Annual report of the Punjab Veterinary College and of the Civil Veterinary Department, Punjab - 1920-1925
Year: 1920
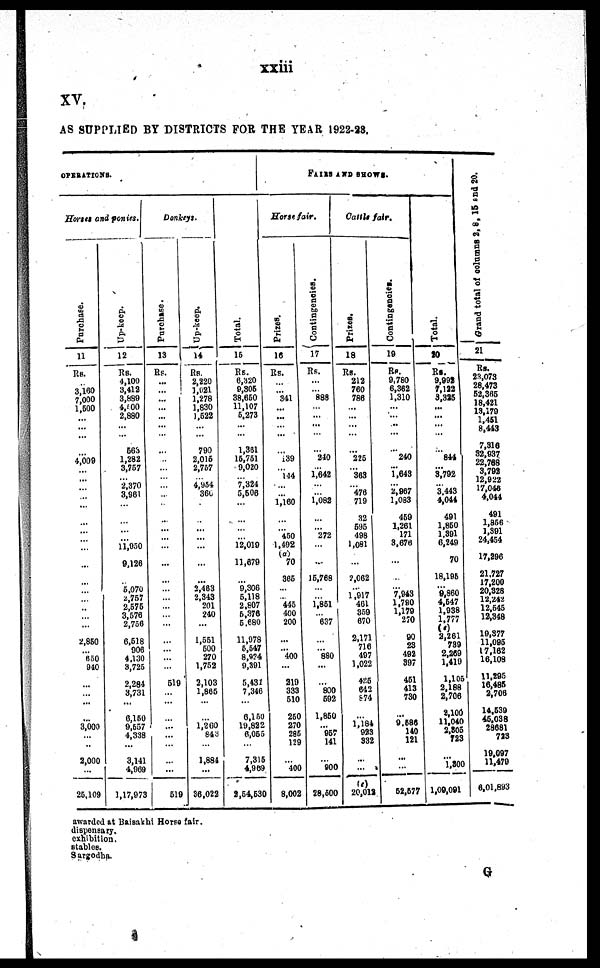
xxiii
XV.
AS SUPPLIED BY DISTRICTS FOR THE YEAR 1922-23.
OPERATIONS.
Horses and ponies.
Purchase.
11
Rs.
.. 3,160
7,000 1,500
...
...
...
...
4,009
...
...
...
...
...
...
...
...
...
...
...
...
...
...
..
...
...
2,850
... 650
940
...
...
...
...
3,000
...
..
2,000
...
26,109
Up-keep.
12
Rs.
4,100
3,412
3,889
4,000
2,880
...
...
583
1,282
3,757
... 2,370
3,861
...
...
...
...
11,950
...
9,126
5,070
2,757
2,576
3,576
2,758
6,518
906
4,130
3,725
2,284
3,731
...
6,150
9,557
4,338
...
3,141
4,969
1,17,973
Donkeys.
Purchase.
13
Rs.
...
...
...
...
...
...
...
...
...
... ...
...
...
...
...
...
...
...
...
...
...
...
...
...
...
...
...
...
...
...
519
...
...
...
...
...
...
...
...
519
Up-keep.
14
Rs.
2,320
1,021
1,278
1,830
1,522
...
...
790
2,015
2,757
...
4,954
360
...
...
...
...
...
...
...
...
2,483
2,343
201
240
...
1,551
500
270
1,752
2,103
1,865
...
...
1,260
843
...
1,884
...
36,022
Total.
15
Rs.
6,820
8,308
38,650
11,107
5,273
...
...
1,351
15,751
9,020
... ...
5,506
...
...
...
...
12,019
...
11,579
...
9,306 5,118
2,807
5,376
5,680
11,978
5,547
8,974
9,391
5,431
7,346
...
6,150
19,822
6,055
...
7,315
4,959
2,54,530
FAIRS AND SHOWS.
Horse fair.
Prizes.
16
Rs.
...
... 341
...
...
... ...
...
139
...
144
...
...
1,160
...
...
450
1,492
(a)
70
385
...
...
445
400
200
...
... 400
...
219
333
510
250
270
285
129
...
400
8,002
Contingencies.
17
Rs.
...
... 888
...
...
...
...
...
240
... 1,642
...
...
l,082
...
...
272
...
...
...
15,768
...
...
1,851
...
637
...
...
880
...
...
800
592
1,850
... 957
141
...
900
28,500
Cattle fair.
Prizes.
18
Rs.
212
760
786
...
...
...
...
...
225
... 363
...
476
719
32
595
498
1,081
...
...
2,062
...
1,917
461
359
670
2,171
716
497
1,022
485
642
874
...
1,184
923
332
...
...
20,012
Contingencies.
19
Rs.
9,780
6,362
1,310
...
...
...
...
...
240
... 1,643
...
2,967
1,083
459
1,261
171
3,676
...
...
...
...
7,943
1,780
1,179
270
90
23
493
397
451
413
730
...
9,586
140
121
...
...
52,577
Total.
20
Rs.
9,992
7,122
3,325
... ...
...
...
...
844
... 3,792
...
3,443
4,044
491
1,850
1,391
6,249
...
70
18,195
... 9,860
4,547
1,938
1,777
(c) 2,281
789
2,259
1,419
1,106
2,188
2,706
3,100
11,040
2,805
723
...
1,800
1,09,091
Grand total of columns 2, 8, 15 and 20.
21
Rs.
23,073
28,473
52,365
18,421
18,179
1,451
8,443
7,315
82,937
22,758
3,792
12,922
17,045
4,044
491
1,856
1,391
24,454
...
17,296
21,727
17,200
20,328
12,242
12,545
12,348
19,377
11,095
17,162
16,108
11,295
16,485
2,706
14,539
45,038
28581
723
19,097
11,478
6,01,893
awarded at Baisakhi Horses fair.
dispensary.
exhibition.
stables.
Sargodha.
G